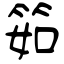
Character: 筎